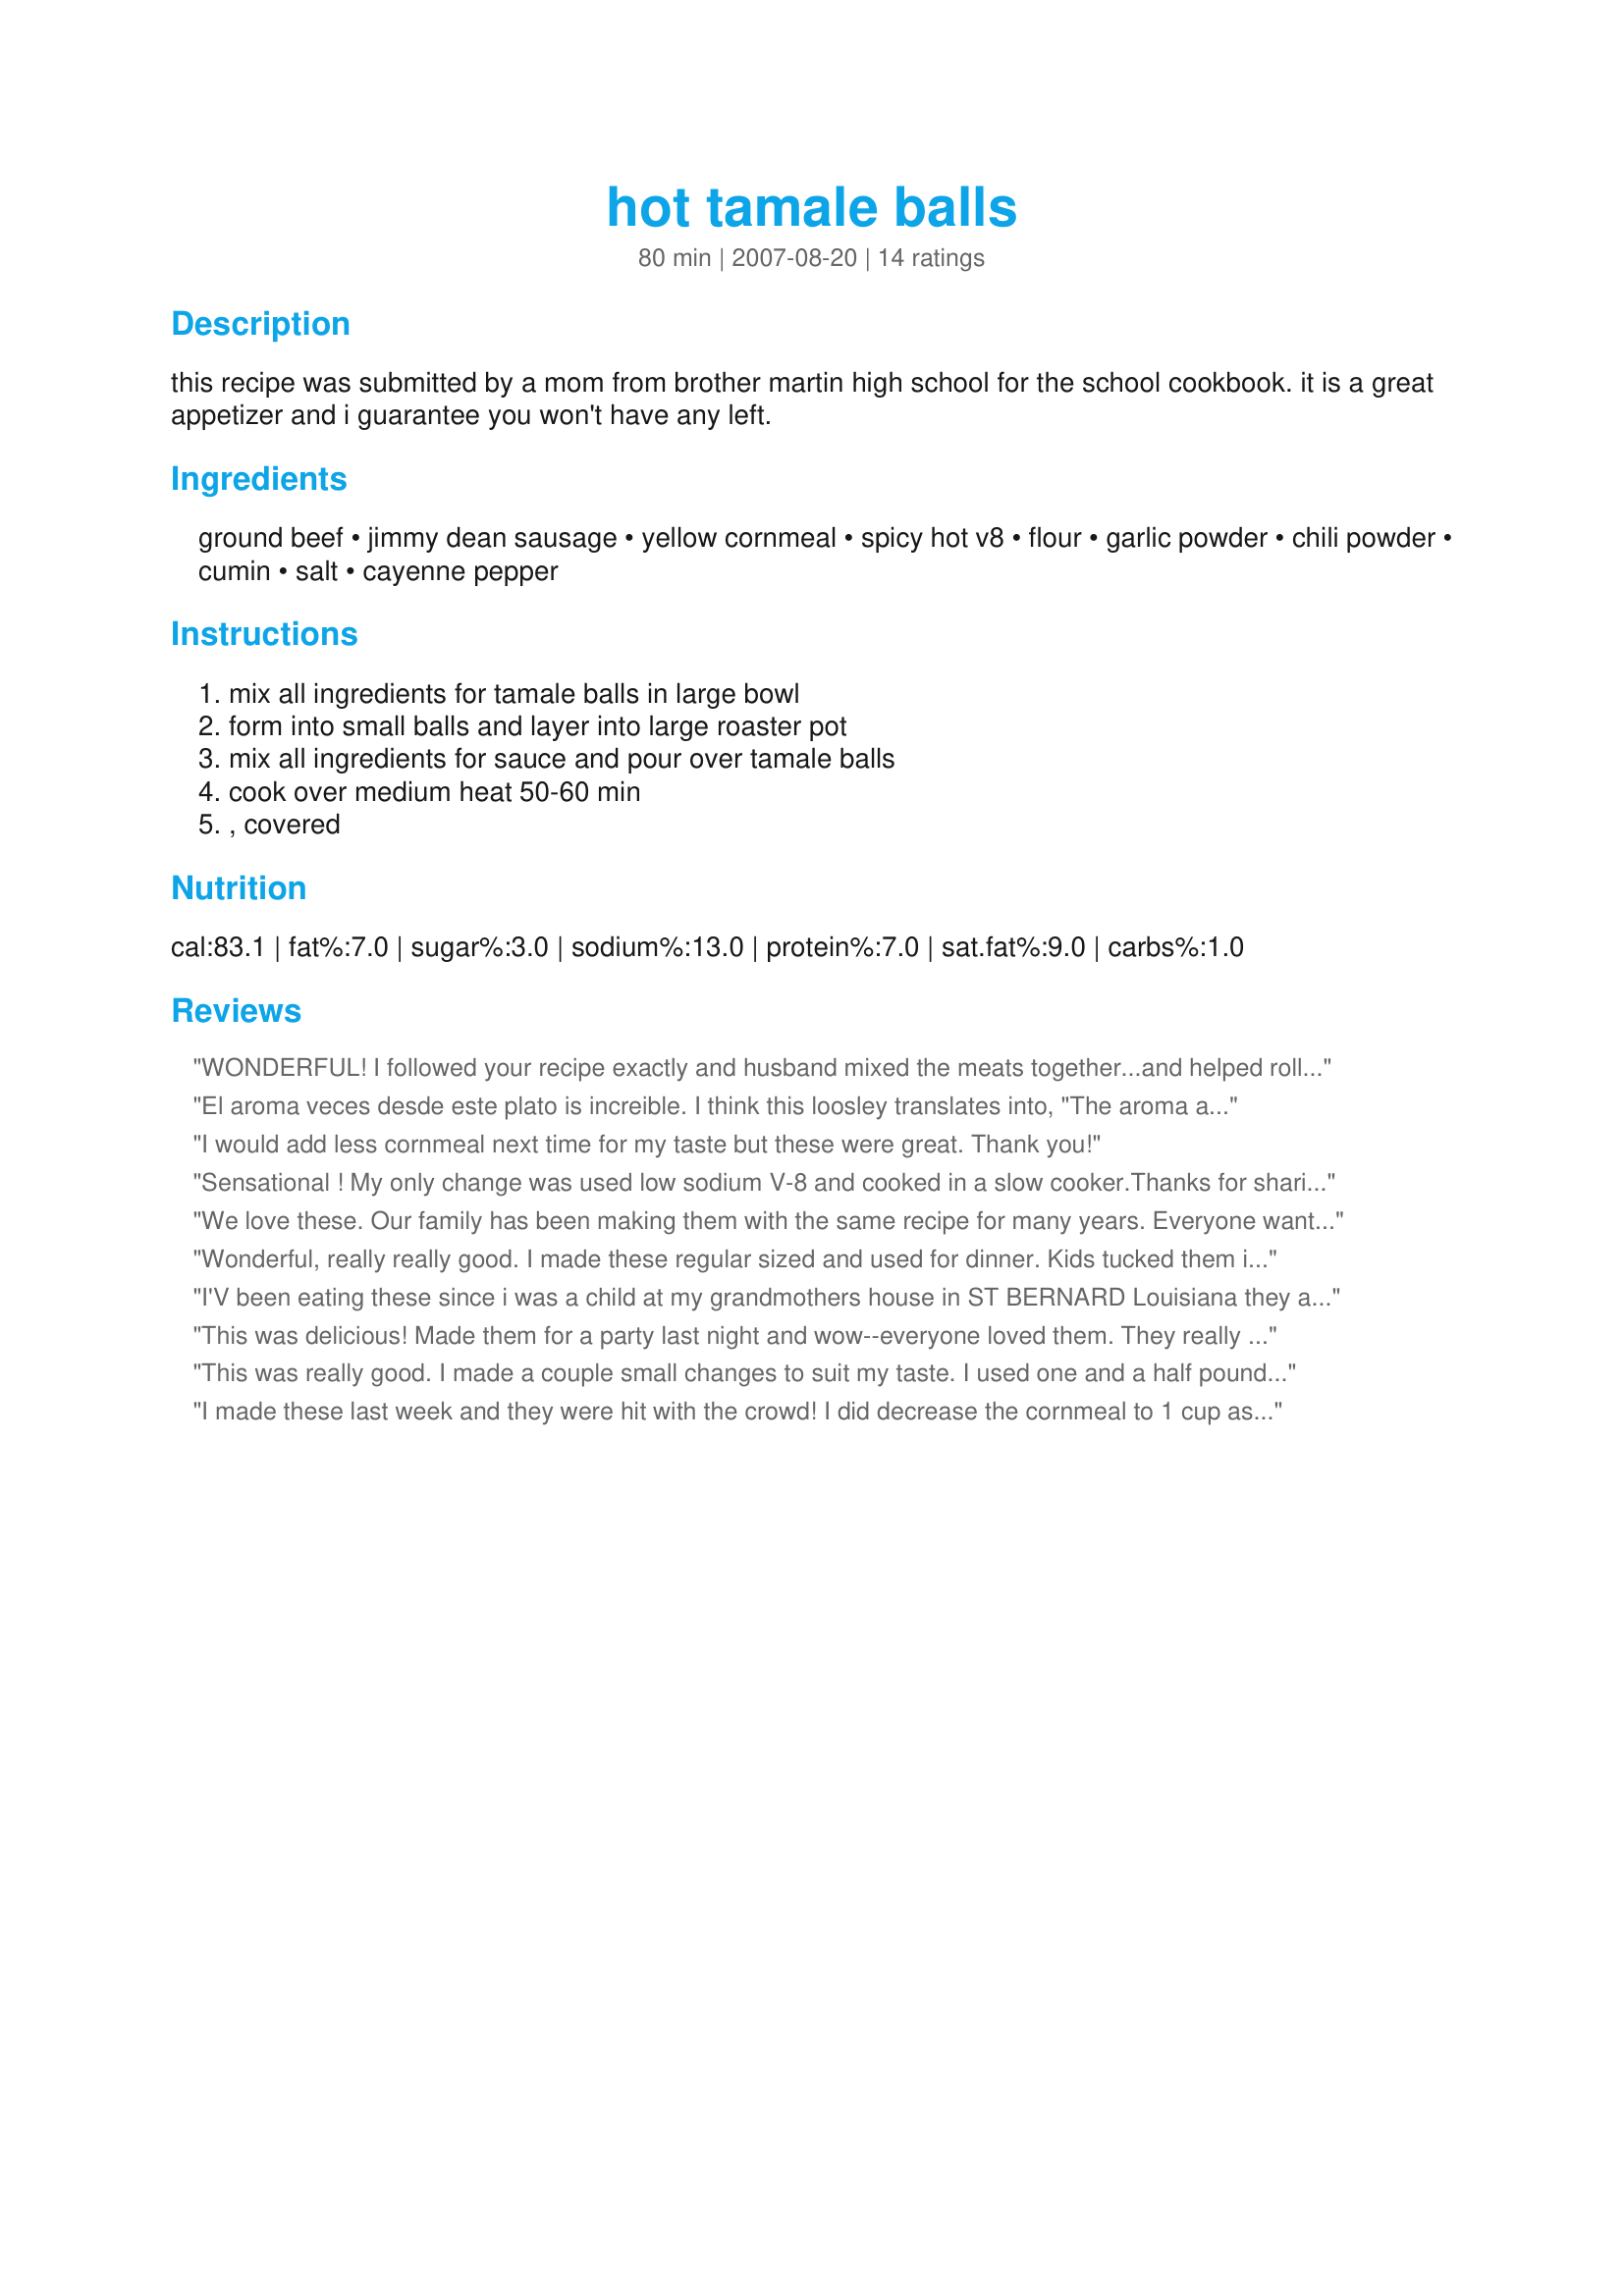
hot tamale balls
Preparation time: 80 minutes

this recipe was submitted by a mom from brother martin high school for the school cookbook. it is a great appetizer and i guarantee you won't have any left.

Ingredients:
ground beef, jimmy dean sausage, yellow cornmeal, spicy hot v8, flour, garlic powder, chili powder, cumin, salt, cayenne pepper

Steps:
mix all ingredients for tamale balls in large bowl, form into small balls and layer into large roaster pot, mix all ingredients for sauce and pour over tamale balls, cook over medium heat 50-60 min, , covered

Reviews:
WONDERFUL! I followed your recipe exactly and husband mixed the meats together...and helped roll the tamale balls by that time the sauce had cooked nicely , dropped the tamale balls into the sauce...turned down the heat and they are DELICIOUS....Thank you as I long for good tamales and yours are great......No longer do I have to be a failure making tamales...and also next time I will take them to a party...THANKS AGAIN....I am back again Jan 2014 and have decided to make these using tamale papers and masa meal for the super bowl. They are so delicious so will try this masa style and get back with you
El aroma veces desde este plato is increible. I think this loosley translates into, "The aroma alone will drive you crazy while cooking." It was hard has heck not to consume these all and to freeze some for Superbowl Sunday, but I barely managed it...good, good, good!
I would add less cornmeal next time for my taste but these were great. Thank you!
Sensational ! My only change was used low sodium V-8 and cooked in a slow cooker.Thanks for sharing this EZ recipe.
We love these. Our family has been making them with the same recipe for many years. Everyone wants the recipe and they are always go really fast at every party.
Wonderful, really really good. I made these regular sized and used for dinner. Kids tucked them into soft taco shells. <br/><br/>I like the texture with the cornmeal - it was dense, but still tender. The seasoning was very good. <br/><br/>I cooked this is my crockpot on low for 4 hours and were fine. <br/><br/>Thanks
I'V been eating these since i was a child at my grandmothers house in ST BERNARD Louisiana they are a hit with everyone i make them for. the only difference in my grandmothers recipe is she used a cup and a half of masa flour instead of 1 1/2 cups of cornmeal and the 1/2 cup of flour. we also put a large can of hormel chili in the sauce. also use 3 teaspoons of chili powder and cumin in the balls and sauce.
This was delicious! Made them for a party last night and wow--everyone loved them. They really do taste like hot tamales. Thanks for posting
This was really good. I made a couple small changes to suit my taste. I used one and a half pounds of ground chuck and one half pound of Jimmy Dean hot sausage. Because I think cumin over powers all other flavors I only used 1/2 tsp in the meat balls and 1/2 tsp in the sauce.Cooked in the slow cooker and took to a pot luck tonight where it was a real hit. Thanks for a keeper.
I made these last week and they were hit with the crowd! I did decrease the cornmeal to 1 cup as that's all I had left. I baked the meatballs at 350 for 30-40 minutes and then added them to the sauce. They were great right out of the oven without the sauce and even better with the sauce. I made a double batch and froze half for the holidays. Thanks for a great, easy appy.
Great meatballs. I made half a recipe and served them as an entree with Mexican rice. Had Guacamole as an appetizer and Mexican chocolate cake for dessert.
This recipe is awesome! My husband was in total awe when he took his first bite. Thanks for sharing.
I would give this more stars, if they were available. I made this for a Saturday birthday party and it was a BIG hit. I came home and made another batch for myself and froze half of it for future football games or winter fishing. Great recipe. It does taste exactly like tamales. And as a Texan, I do know a little about tamales.
This is a fun and tasty recipe with kick. I would suggest combining & whisking all the dry ingredients in a large bowl, then adding the meat & V8. I simmered the spicy sauce while forming the balls, set the balls aside, then dropped the meatballs one by one into the hot sauce. I saw a pro chef suggest this because it makes for a more tender meatball. The meatballs won't stick to one another either. Another helpful tip, use a small cookie scoop to get perfect evenly sized meatballs. OOOPS, I just realized I forgot to add the flour...... they still turned out GREAT! I can't wait to bring them to the party! Thanks Sunshine!
